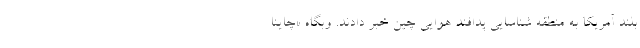
بلند آمریکا به منطقه شناسایی پدافند هوایی چین خبر دادند. وبگاه «چاینا